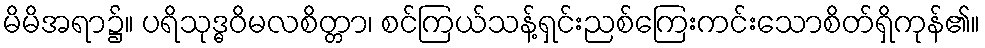
မိမိအရာ၌။ ပရိသုဒ္ဓဝိမလစိတ္တာ၊ စင်ကြယ်သန့်ရှင်းညစ်ကြေးကင်းသောစိတ်ရှိကုန်၏။